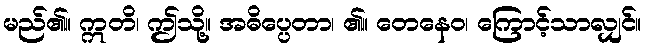
မည်၏။ ဣတိ၊ ဤသို့။ အဓိပ္ပေတာ၊ ၏။ တေနေဝ၊ ကြောင့်သာလျှင်။